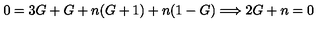
0 = 3 G + G + n ( G + 1 ) + n ( 1 - G ) \Longrightarrow 2 G + n = 0